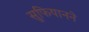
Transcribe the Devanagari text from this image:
सुफियानने